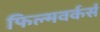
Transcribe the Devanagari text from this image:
फिल्मवर्कर्स